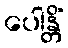
ပေါန္တိံ